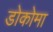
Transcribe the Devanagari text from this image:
डोकोमा